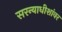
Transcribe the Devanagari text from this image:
सरन्याधीशांवर